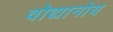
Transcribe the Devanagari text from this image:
वोद्यानोय